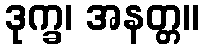
ဒုက္ခ၊ အနတ္တ။